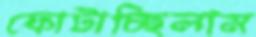
ফোটাচ্ছিলাম